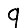
Digit: 9